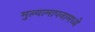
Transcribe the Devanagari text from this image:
मुल्यामापनामध्ये